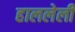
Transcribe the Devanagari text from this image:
हाललेली